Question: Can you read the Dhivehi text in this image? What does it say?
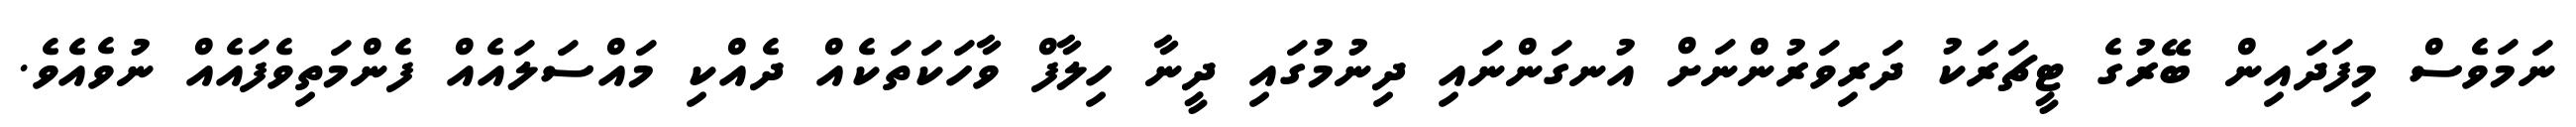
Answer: ނަމަވެސް މިފަދައިން ބޭރުގެ ޓީޗަރަކު ދަރިވަރުންނަށް އުނގަންނައި ދިނުމުގައި ދީނާ ހިލާފް ވާހަކަތަކެއް ދެއްކި މައްސަލައެއް ފެންމަތިވެފައެއް ނުވެއެވެ.